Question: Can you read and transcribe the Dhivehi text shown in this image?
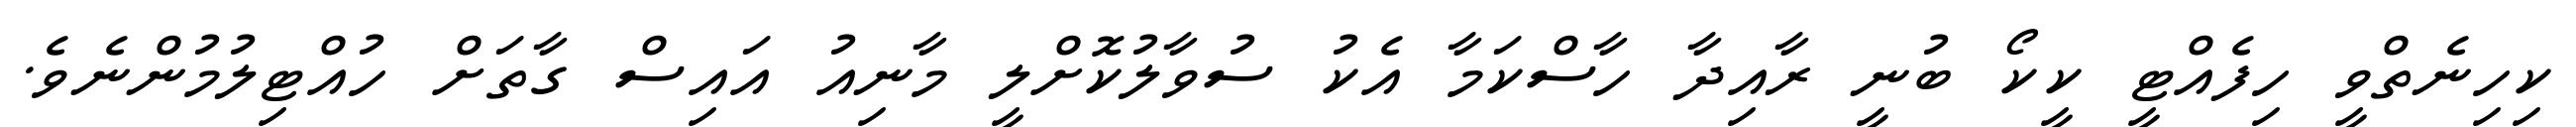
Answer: ކިހިނެތްވީ ހިފެއްޓީ ކީކޯ ބުނީ ރާއިދާ ހާސްކަމާ އެކު ސުވާލުކޮށްލީ މާނިއު އައިސް ގާތަށް ހުއްޓިލުމުންނެވެ.